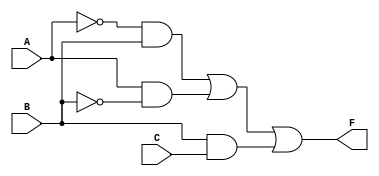
module essential_prime_implicants (
    input wire A,       // Input A
    input wire B,       // Input B
    input wire C,       // Input C
    output wire F       // Output F
);

// Define the essential prime implicants
// For example, let's assume the function F(A, B, C) is defined as:
// F = A'B + AB' + BC (which covers minterms 1, 2, 5)
// This is just an example, you can modify the logic based on your requirements

wire not_A;          // A'
wire not_B;          // B'
wire not_C;          // C'

assign not_A = ~A;   // NOT gate for A
assign not_B = ~B;   // NOT gate for B
assign not_C = ~C;   // NOT gate for C

// Define the essential prime implicants using AND and OR gates
wire term1 = not_A & B;      // A'B
wire term2 = A & not_B;      // AB'
wire term3 = B & C;          // BC

// Final output F is the OR of the essential prime implicants
assign F = term1 | term2 | term3; // F = A'B + AB' + BC

endmodule